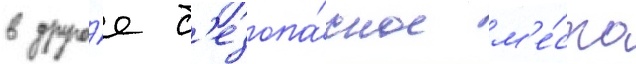
в друго́е б'езопа́сное м'е́сто